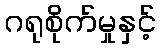
ဂရုစိုက်မှုနှင့်